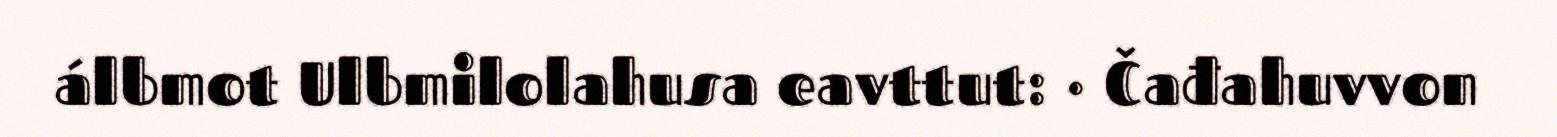
álbmot Ulbmilolahusa eavttut: · Čađahuvvon